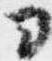
ヨ